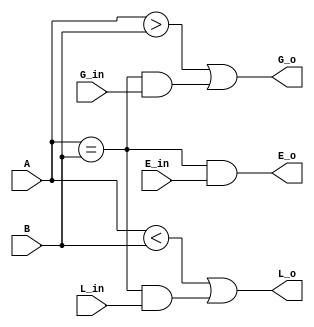

//////////////////////////////////////////////////////////////////////////////////
// Module Name: one_bit_comparator
//////////////////////////////////////////////////////////////////////////////////

module one_bit_comparator (
    A,
    B,
    G_in,
    E_in,
    L_in,
    G_o,
    E_o,
    L_o
);

input wire A, B, G_in, E_in, L_in;
output wire G_o, E_o, L_o;
assign G_o = (A > B) || ((A == B) && G_in);
assign E_o = (A == B) && E_in;
assign L_o = (A < B) || ((A == B) && L_in);

endmodule